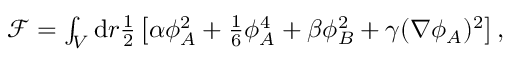
\begin{array} { r } { \mathcal { F } = \int _ { V } \mathrm { d } r \frac { 1 } { 2 } \left[ \alpha \phi _ { A } ^ { 2 } + \frac { 1 } { 6 } \phi _ { A } ^ { 4 } + \beta \phi _ { B } ^ { 2 } + \gamma ( \nabla \phi _ { A } ) ^ { 2 } \right] , } \end{array}